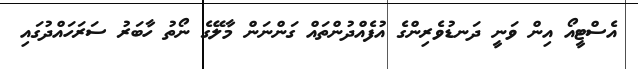
އެސްޓީއޯ އިން ވަނީ ދަނޑުވެރިންގެ އުފެއްދުންތައް ގަންނަން މާލޭގެ ނޯތު ހާބަރު ސަރަހައްދުގައި